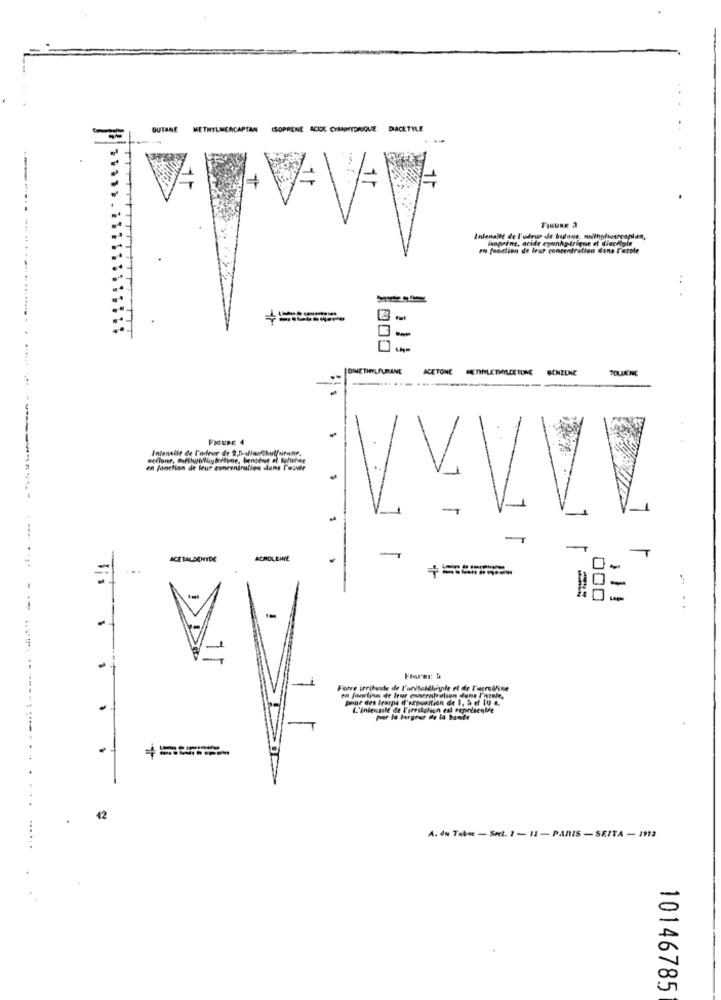
BUTANE METHYLMERCAPTAN ISOPRENE ACIDE CYANHYDRIQUE DIACETYLE
FIGURE 2
Inlenalte de l'udrue de bugner, methofuercanlan,
faoprint, acide cyunhy-trique et diackiyle
...
en fonction de leur concentration dens Ferste
..
DIMETHYLAURANE
ACETONE METHYLETHYLCETONE
ACETONE
BENZENE
TOLUKENE
-------
FIGURE 4
Intensite de Forteur de 2,5-tiauf, Auf
en fonction de leur concentration dans l'aude
-----------
VV
T
ACETALSOITDE
=
4 =====
-
000
-
Fierar: &
Forre irritante de l'unitaMdbiyile ef de l'acroshine
-
L."Intensile de l'irritation est représentée
por la fargeut de la bande
......... ... ....... ....... .....
42
A. du Tebec - Sect. 1 - 11 - PARIS - SEITA - 1912
10146785